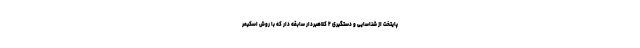
پایتخت از شناسایی و دستگیری ۲ کلاهبردار سابقه دار که با روش اسکیمر